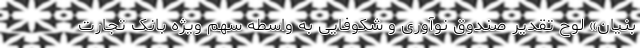
بنیان» لوح تقدیر صندوق نوآوری و شکوفایی به واسطه سهم ویژه بانک تجارت